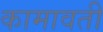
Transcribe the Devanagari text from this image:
कामावती